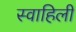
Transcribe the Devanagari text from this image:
स्‍वाहिली